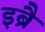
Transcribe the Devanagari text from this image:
इब्रै